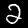
Label: 2